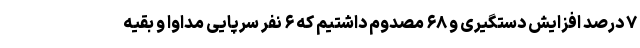
۷ درصد افزایش دستگیری و ۶۸ مصدوم داشتیم که ۶ نفر سرپایی مداوا و بقیه